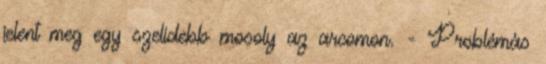
jelent meg egy szelídebb mosoly az arcomon. - Problémás